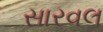
સારવલ